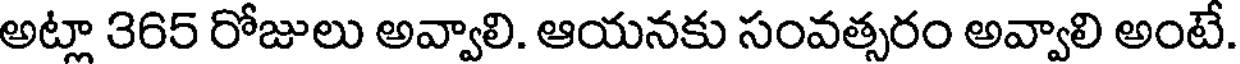
అట్లా 365 రోజులు అవ్వాలి. ఆయనకు సంవత్సరం అవ్వాలి అంటే.